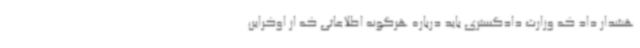
هشدار داد که وزارت دادگستری باید درباره هرگونه اطلاعاتی که از اوکراین